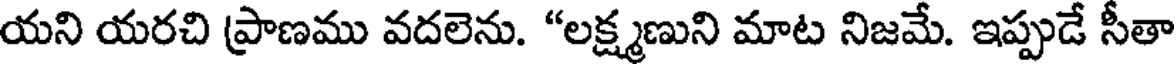
యని యరచి ప్రాణము వదలెను. "లక్ష్మణుని మాట నిజమే. ఇప్పుడే సీతా